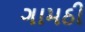
ગામઠી